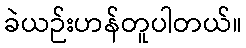
ခဲယဉ်းဟန်တူပါတယ်။